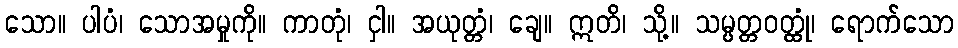
သော။ ပါပံ၊ သောအမှုကို။ ကာတုံ၊ ငှါ။ အယုတ္တံ၊ ချေ။ ဣတိ၊ သို့။ သမ္ပတ္တဝတ္ထုံ၊ ရောက်သော